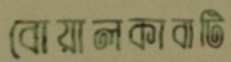
বোয়ালকাবাটি